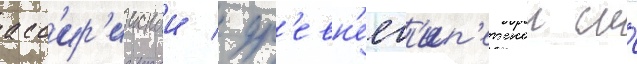
асс'ир'иискои / др'евн'еег'ип'етскои и́